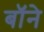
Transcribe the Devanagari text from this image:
बॉने